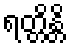
ရတ္တိန္တိ